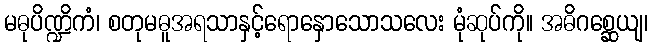
မဓုပိဏ္ဍိကံ၊ စတုမဓူအရသာနှင့်ရောနှောသောသလေး မုံဆုပ်ကို။ အဓိဂစ္ဆေယျ၊